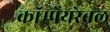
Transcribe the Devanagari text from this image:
कॉम्पेयरेबल